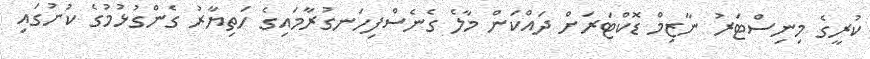
ކުރީގެ މިނިސްޓަރު ނާޒިމް ޑޮކްޓަރަށް ދައްކަން މާލެ ގެނެސްފިހަނގުރާމައިގެ ހަތިޔާރު ގެންގުޅުމުގެ ކުށުގައި